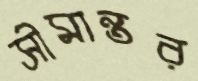
সীমান্তর